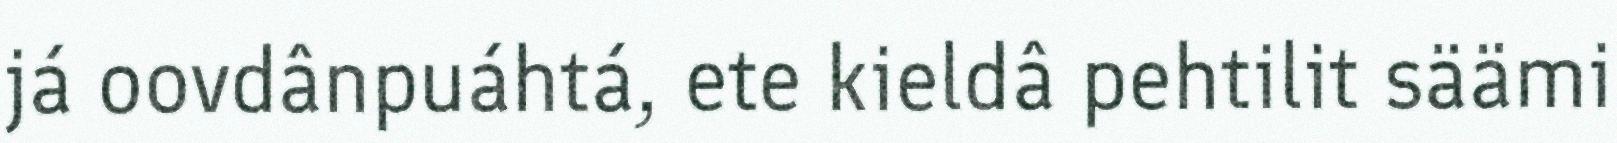
já oovdânpuáhtá, ete kieldâ pehtilit säämi